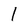
Character: l